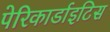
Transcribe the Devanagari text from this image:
पेरिकार्डाइटिस